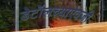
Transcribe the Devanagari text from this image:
डेटॉलच्याऐवजी